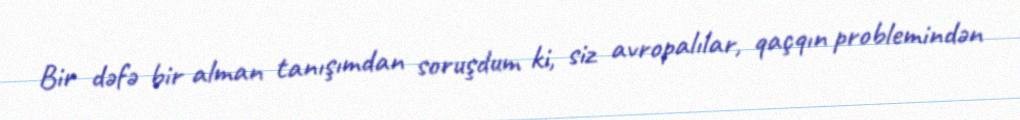
Bir dəfə bir alman tanışımdan soruşdum ki, siz avropalılar, qaçqın problemindən